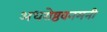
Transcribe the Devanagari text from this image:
अधरोष्ठवनमनी